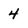
Character: 4